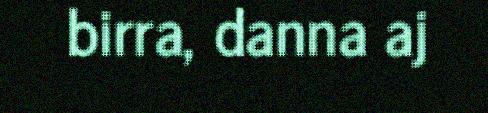
birra, danna aj